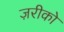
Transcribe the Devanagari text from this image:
ज़रीको